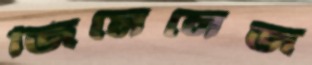
জিমেনেজ